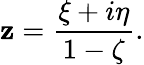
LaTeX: \mathbf{z}={\frac{{\xi+i\eta}}{{1-\zeta}}}.